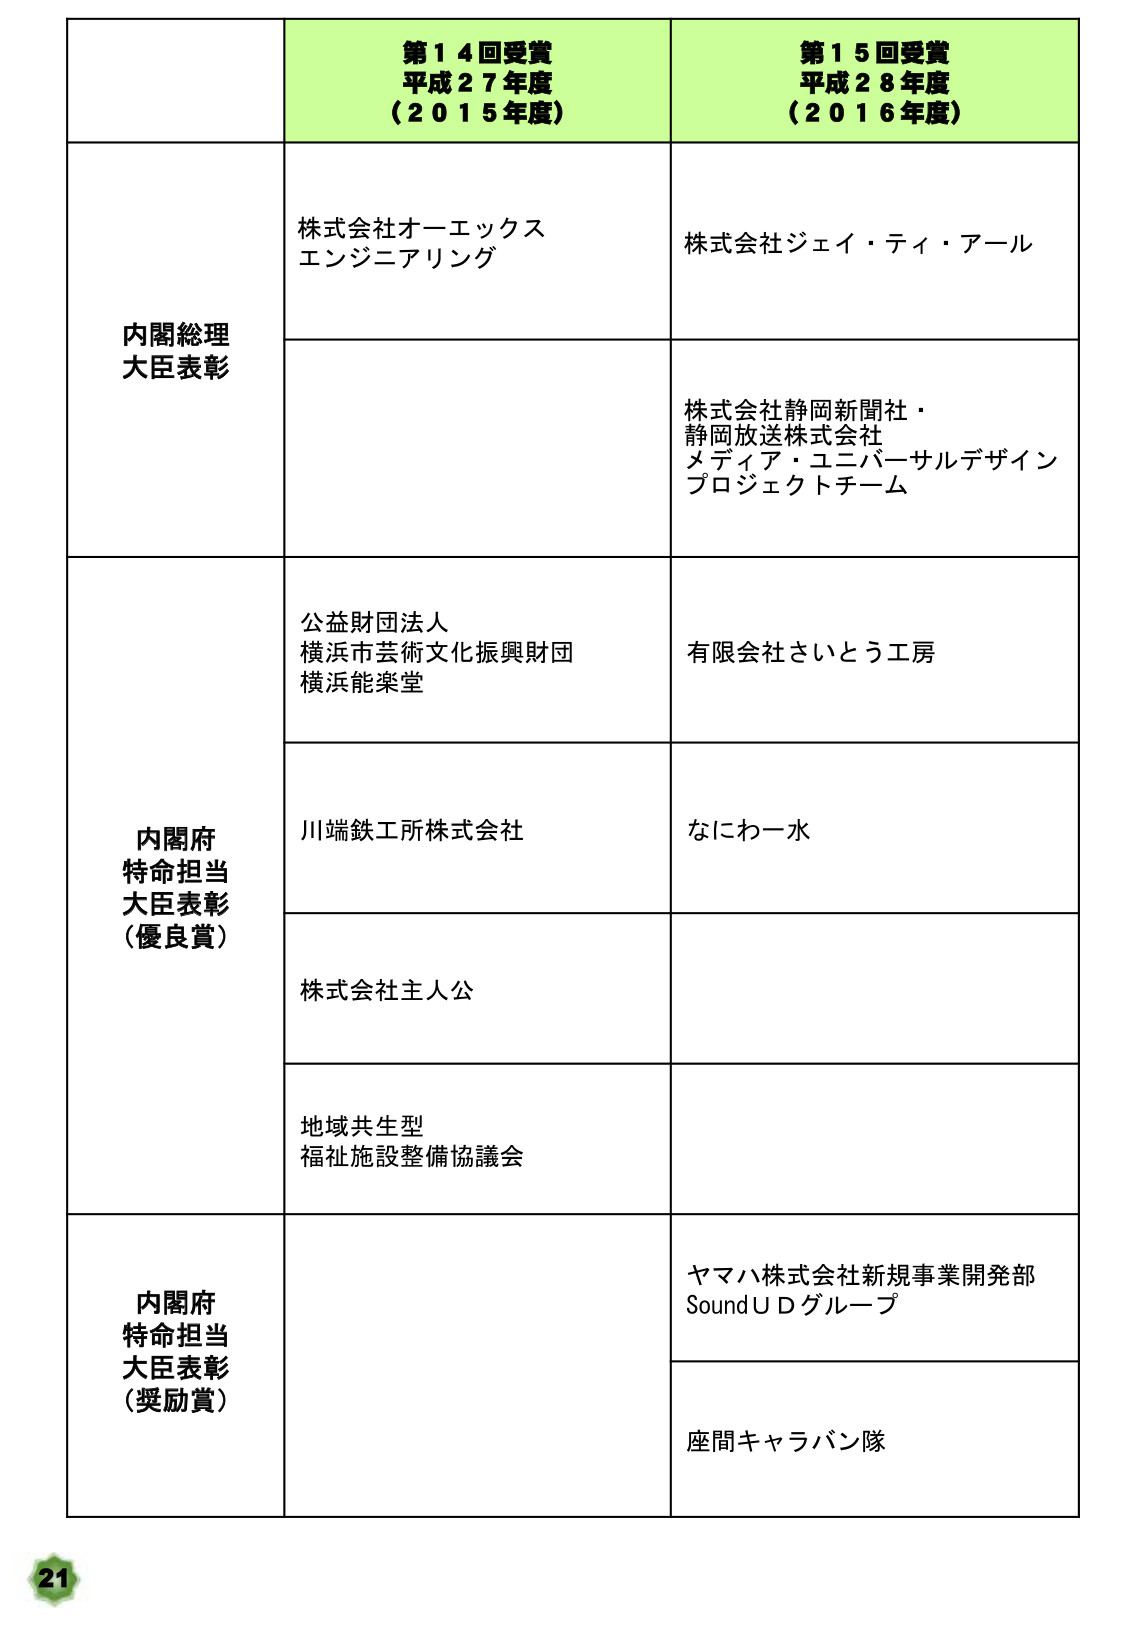
第１４回受賞
平成２７年度
（２０１５年度）

第１５回受賞
平成２８年度
（２０１６年度）

内閣総理大臣表彰
株式会社オーエックス
エンジニアリング
株式会社ジェイ・ティ・アール
株式会社静岡新聞社・
静岡放送株式会社
メディア・ユニバーサルデザイン
プロジェクトチーム

内閣府特命担当大臣表彰（優良賞）
公益財団法人
横浜市芸術文化振興財団
横浜能楽堂
有限会社さいとう工房
川端鉄工所株式会社
なにわ一水
株式会社主人公
地域共生型
福祉施設整備協議会

内閣府特命担当大臣表彰（奨励賞）
ヤマハ株式会社新規事業開発部
SoundＵＤグループ
座間キャラバン隊

21